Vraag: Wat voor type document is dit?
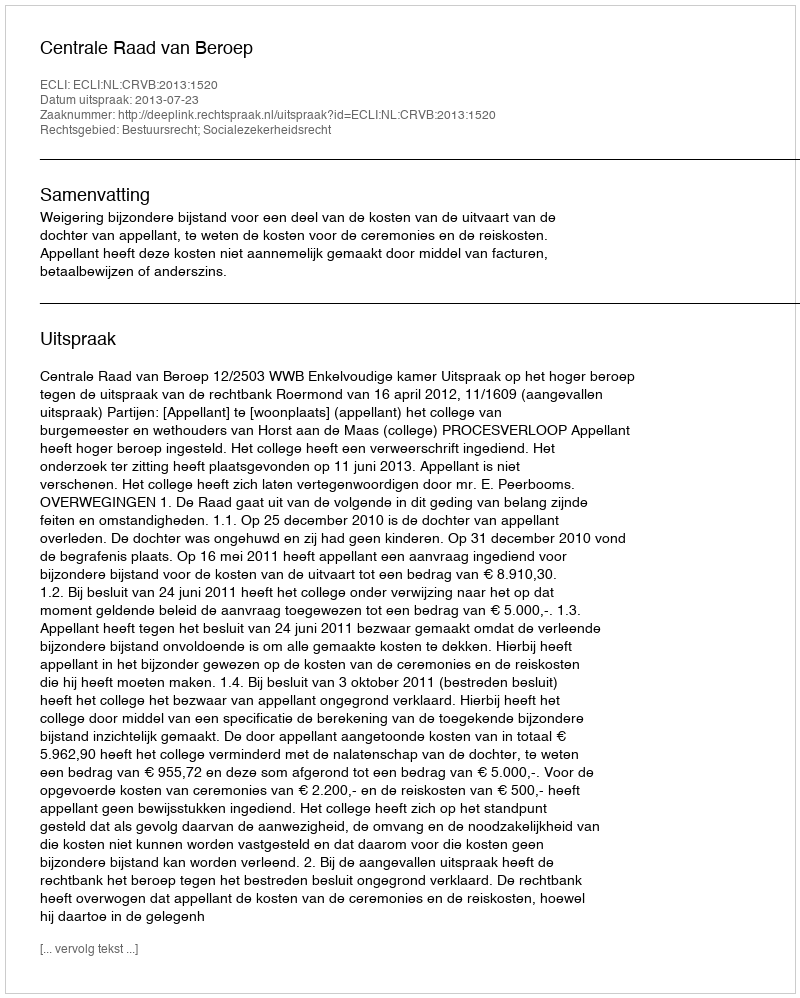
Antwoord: Uitspraak